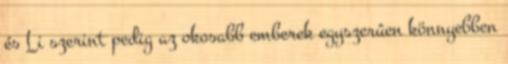
és Li szerint pedig az okosabb emberek egyszerûen könnyebben